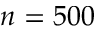
n = 5 0 0